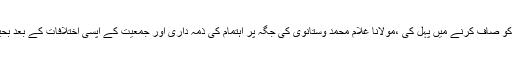
مولانا اسعد مدنی مرحوم سے بستر مرگ پر جاکر ملے اور دلوں کو صاف کرنے میں پہل کی ،مولانا غلام محمد وستانوی کی جگہ پر اہتمام کی ذمہ داری اور جمعیت کے آپسی اختلافات کے بعد بحیثیت صدر آپ کے انتخاب کی کوششوں کو آپ نے قبول نہیں کیا ۔